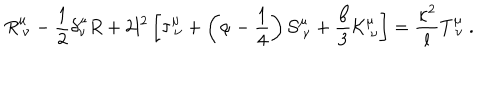
R _ { \ \nu } ^ { \mu } - { \frac { 1 } { 2 } } \delta _ { \nu } ^ { \mu } R + 2 l ^ { 2 } \left[ \tau _ { \ \nu } ^ { \mu } + \left( \alpha - { \frac { 1 } { 4 } } \right) { \cal S } _ { \ \nu } ^ { \mu } + { \frac { \beta } { 3 } } { \cal K } _ { \ \nu } ^ { \mu } \right] = { \frac { \kappa ^ { 2 } } { l } } T _ { \ \nu } ^ { \mu } \ .